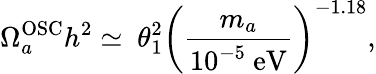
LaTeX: \Omega_{a}^{\mathrm{OSC}}h^{2}\simeq\ \theta_{1}^{2}\left(\frac{m_{a}}{10^{-5}\ \mathrm{eV}}\right)^{-1.18},